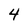
Character: 4